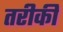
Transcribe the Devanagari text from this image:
तरीकी